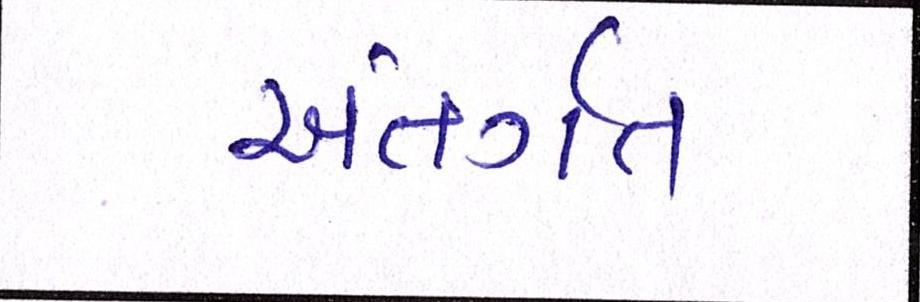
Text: અંતગૅત